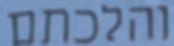
והלכתם